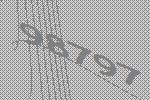
98797